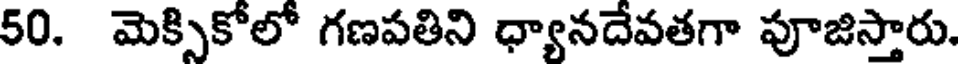
50. మెక్సికోలో గణపతిని ధ్యానదేవతగా పూజిస్తారు.